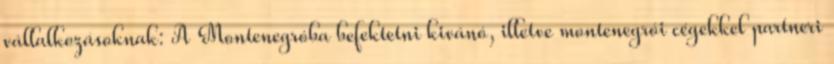
vállalkozásoknak: A Montenegróba befektetni kivánó, illetve montenegrói cégekkel partneri